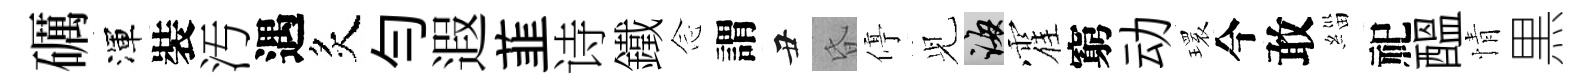
礪渾裝汚遇炙勻遐韮诗鐵𫝹謂丑昏停𫤗誨霍窮动𤨔今敢緇祀醖情黒